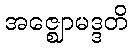
အဇ္ဈောမဒ္ဒတိ